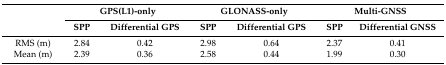
| <ROWSPAN=2>  | <COLSPAN=2> GPS(L1)-only | <COLSPAN=2> GLONASS-only | <COLSPAN=2> Multi-GNSS |
 | SPP | Differential GPS | SPP | Differential GPS | SPP | Differential GNSS |
 | --- | --- | --- | --- | --- | --- | --- |
 | RMS (m) | 2.84 | 0.42 | 2.98 | 0.64 | 2.37 | 0.41 |
 | Mean (m) | 2.39 | 0.36 | 2.58 | 0.44 | 1.99 | 0.30 |